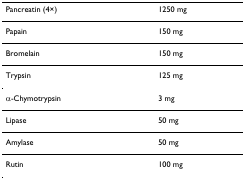
| Pancreatin (4×) | 1250 mg |
 | --- | --- |
 | Papain | 150 mg |
 | Bromelain | 150 mg |
 | Trypsin | 125 mg |
 | α-Chymotrypsin | 3 mg |
 | Lipase | 50 mg |
 | Amylase | 50 mg |
 | Rutin | 100 mg |